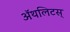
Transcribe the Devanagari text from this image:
ॲथलिटस्